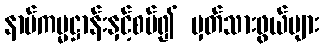
နာမ်ကမ္မဋ္ဌာန်းနှင့်စပ်၍ မှတ်သားဖွယ်များ